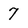
Character: 7